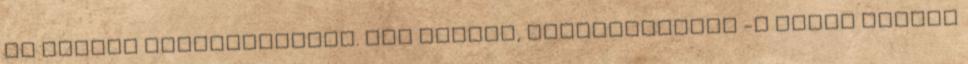
rá szánsz elsüllyeszted. NEM bontod, elsüllyeszted -a pénzt zsebre